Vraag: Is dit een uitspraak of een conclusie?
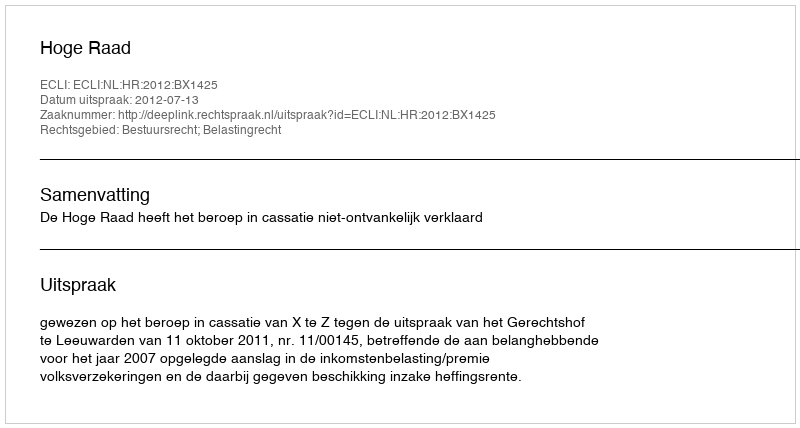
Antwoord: Uitspraak